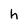
Character: h